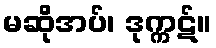
မဆိုအပ်၊ ဒုက္ကဋ်။